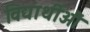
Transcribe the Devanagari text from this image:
विद्यार्थीऔं